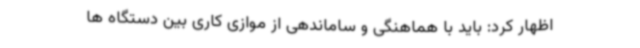
اظهار کرد: باید با هماهنگی و ساماندهی از موازی کاری بین دستگاه ها